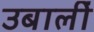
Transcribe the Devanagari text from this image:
उबालीं